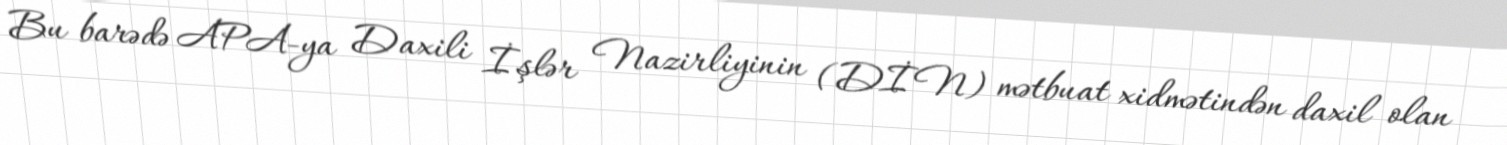
Bu barədə APA-ya Daxili İşlər Nazirliyinin (DİN) mətbuat xidmətindən daxil olan